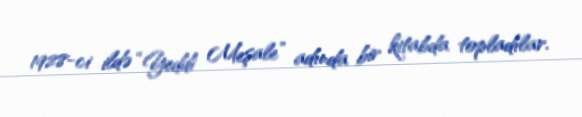
1928-ci ildə “Yeddi Meşale” adında bir kitabda topladılar.